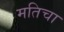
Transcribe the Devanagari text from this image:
मतिचा